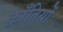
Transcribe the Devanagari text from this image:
क्राँतियों